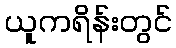
ယူကရိန်းတွင်